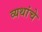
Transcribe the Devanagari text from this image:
व्यथांचे